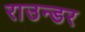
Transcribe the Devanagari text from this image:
राउन्डर